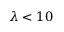
\lambda < 1 0